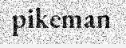
pikeman